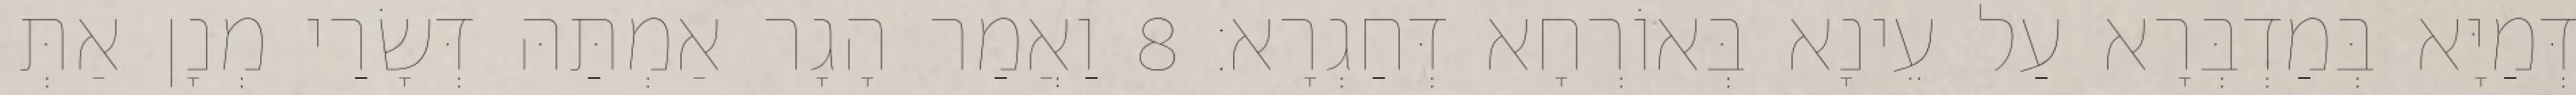
דְּמַיָּא בְּמַדְבְּרָא עַל עֵינָא בְּאוֹרְחָא דְּחַגְרָא׃ 8 וַאֲמַר הָגָר אַמְתַּהּ דְּשָׂרַי מְנָן אַתְּ